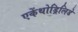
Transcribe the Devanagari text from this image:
एकेंथोड्रिलिडे